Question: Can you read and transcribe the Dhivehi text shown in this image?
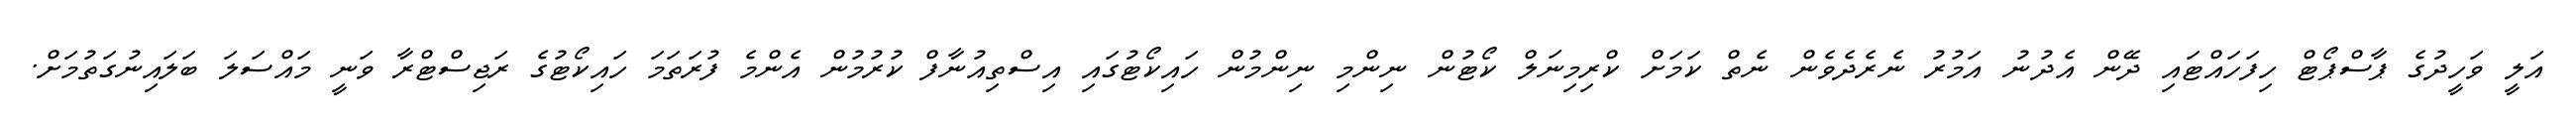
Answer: އަލީ ވަހީދުގެ ޕާސްޕޯޓް ހިފަހައްޓައި ދޭން އެދުނު އަމުރު ނެރެދެވެން ނެތް ކަމަށް ކްރިމިނަލް ކޯޓުން ނިންމި ނިންމުން ހައިކޯޓުގައި އިސްތިއުނާފް ކުރުމުން އެންމެ ފުރަތަމަ ހައިކޯޓުގެ ރަޖިސްޓްރާ ވަނީ މައްސަލަ ބަލައިނުގަތުމަށް.